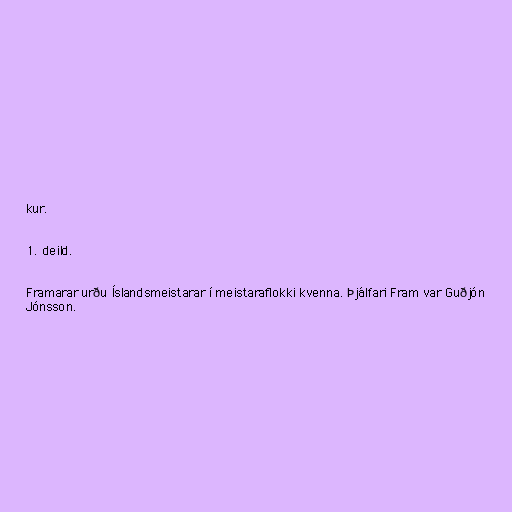
kur.

1. deild.

Framarar urðu Íslandsmeistarar í meistaraflokki kvenna. Þjálfari Fram var Guðjón
Jónsson.